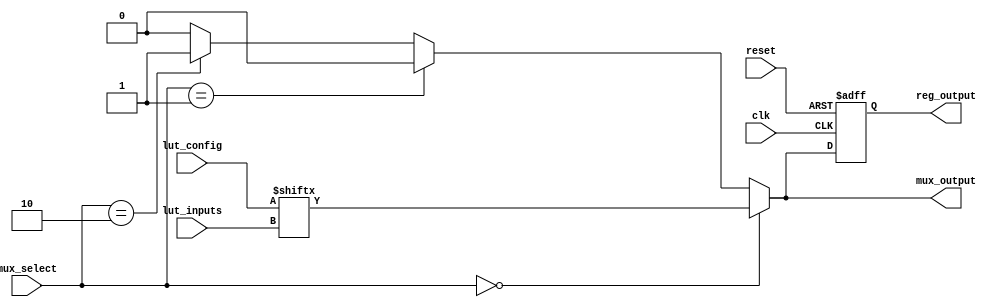
module CLB (
    input wire [3:0] lut_inputs,      // 4-bit input for LUT
    input wire [1:0] mux_select,      // 2-bit selector for MUX
    input wire clk,                   // Clock for register
    input wire reset,                 // Asynchronous reset
    input wire [3:0] lut_config,      // Configuration for LUT (truth table)
    output wire mux_output,           // Output from MUX
    output reg reg_output             // Output from Flip-Flop
);

    // 4-input LUT implementation
    wire lut_output;
    assign lut_output = lut_config[{lut_inputs[3], lut_inputs[2], lut_inputs[1], lut_inputs[0]}];

    // MUX implementation
    wire mux_input_a; // Input A for MUX
    wire mux_input_b; // Input B for MUX
    assign mux_input_a = lut_output; // Connect LUT output to MUX input A
    assign mux_input_b = 1'b0;        // Connect a constant value to MUX input B (for example)

    assign mux_output = (mux_select == 2'b00) ? mux_input_a :
                        (mux_select == 2'b01) ? mux_input_b :
                        (mux_select == 2'b10) ? 1'b1 : // Another possible input
                        1'b0;                       // Default case

    // Register to hold output state
    always @(posedge clk or posedge reset) begin
        if (reset) begin
            reg_output <= 1'b0; // Reset output
        end else begin
            reg_output <= mux_output; // Capture MUX output on clock edge
        end
    end

endmodule